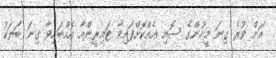
އަށް ވުރެ ގިނަ މީހުންގެ ސޮއި އެއްކޮށްފައިވާ ޓައިރީންއާ އެއްބައިވާ ގިނަ ބަޔަކު